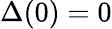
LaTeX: \Delta(0)=0